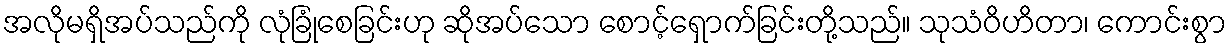
အလိုမရှိအပ်သည်ကို လုံခြုံစေခြင်းဟု ဆိုအပ်သော စောင့်ရှောက်ခြင်းတို့သည်။ သုသံဝိဟိတာ၊ ကောင်းစွာ